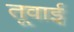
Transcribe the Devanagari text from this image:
तूवाई